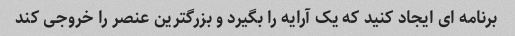
برنامه ای ایجاد کنید که یک آرایه را بگیرد و بزرگترین عنصر را خروجی کند